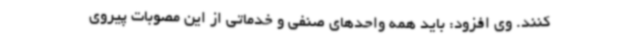
کنند. وی افزود: باید همه واحدهای صنفی و خدماتی از این مصوبات پیروی